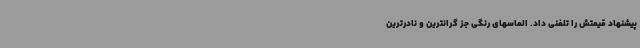
پیشنهاد قیمتش را تلفنی داد. الماسهای رنگی جز گرانترین و نادرترین